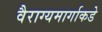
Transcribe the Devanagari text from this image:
वैराग्यमार्गाकडे